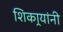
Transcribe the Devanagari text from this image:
शिकार्‍यांनी